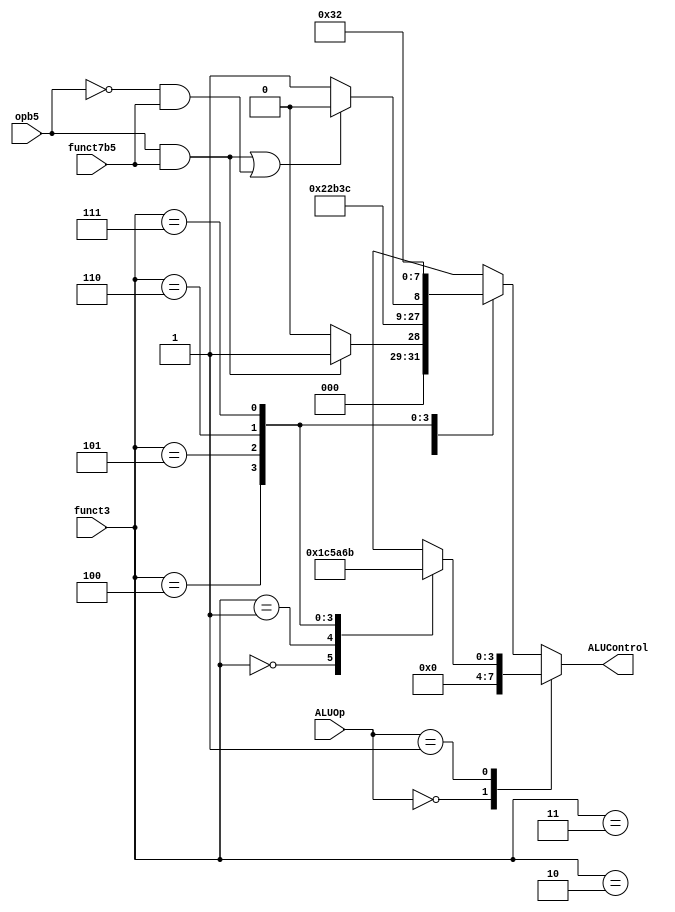
module dt1_aludec(
	input   	    funct7b5,opb5,
	input     [2:0] funct3,
	input     [1:0] ALUOp,
	output reg [3:0] ALUControl	//port declarations
);
wire RtypeSub,ItypeSub;
assign RtypeSub = opb5 & funct7b5;		
assign ItypeSub = ~opb5 & funct7b5;
always@(*) begin
	case (ALUOp)
		//I-type Load, S-type, U-type
		2'b00: 		ALUControl = 4'b0000; //add- lw,sw,lb,lh,lbu,lhu,sb,sh,auipc,lui
		//B-type
		2'b01: case (funct3)														
					3'b000:     						ALUControl = 4'b0001; //sub - beq
					3'b001:  			     			ALUControl = 4'b1100; //sub - bne
					3'b100: 			    			ALUControl = 4'b0101; //blt
					3'b101:				     			ALUControl = 4'b1010; //bge
					3'b110: 		         			ALUControl = 4'b0110; //bltu
					3'b111:								ALUControl = 4'b1011; //bgeu
					default: 			     			ALUControl = 4'bxxxx; //unknown
				endcase		
		//R-type, I-type ALU,I-type logical shift
		2'b10: case (funct3)													
					3'b000:if (RtypeSub)     			ALUControl = 4'b0001; //sub
						   else 		     			ALUControl = 4'b0000; //add  
			
					3'b001:  			     			ALUControl = 4'b0100; //sll
					3'b010: 			    			ALUControl = 4'b0101; //slt
					3'b011:				     			ALUControl = 4'b0110; //sltu
					3'b100: 		         			ALUControl = 4'b0111; //xor
					3'b101:	if (RtypeSub | ItypeSub)    ALUControl = 4'b1000; //sra
							else		     			ALUControl = 4'b1001; //srl
					3'b110: 			     			ALUControl = 4'b0011; //or
					3'b111: 			     			ALUControl = 4'b0010; //and
					default: 			     			ALUControl = 4'bxxxx; //unknown
				endcase
		default:  case (funct3)
					3'b000:if (RtypeSub)     			ALUControl = 4'b0001; //sub
						   else 		     			ALUControl = 4'b0000; //add  
					3'b001:  			     			ALUControl = 4'b0100; //sll
					3'b010: 			    			ALUControl = 4'b0101; //slt
					3'b011:				     			ALUControl = 4'b0110; //sltu
					3'b100: 		         			ALUControl = 4'b0111; //xor
					3'b101:	if (RtypeSub | ItypeSub)    ALUControl = 4'b1000; //sra
							else		     			ALUControl = 4'b1001; //srl
					3'b110: 			     			ALUControl = 4'b0011; //or
					3'b111: 			     			ALUControl = 4'b0010; //and
					default: 			     			ALUControl = 4'bxxxx; //unknown
				endcase
	endcase
end
endmodule